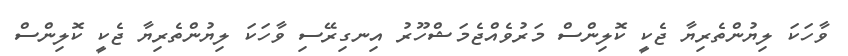
ވާހަކަ ލިޔުންތެރިޔާ ޖެކީ ކޮލިންސް މަރުވެއްޖެމަޝްހޫރު އިނގިރޭސި ވާހަކަ ލިޔުންތެރިޔާ ޖެކީ ކޮލިންސް